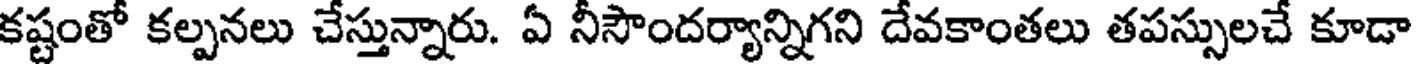
కష్టంతో కల్పనలు చేస్తున్నారు. ఏ నీసౌందర్యాన్నిగని దేవకాంతలు తపస్సులచే కూడా